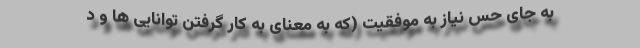
به جای حس نیاز به موفقیت (که به معنای به کار گرفتن توانایی ها و د